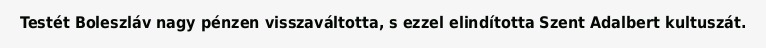
Testét Boleszláv nagy pénzen visszaváltotta, s ezzel elindította Szent Adalbert kultuszát.